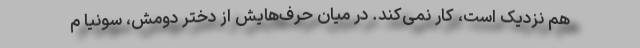
هم نزدیک است، کار نمی‌کند. در میان حرف‌هایش از دختر دومش، سونیا م